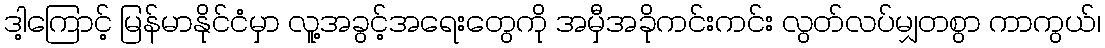
ဒါ့ကြောင့် မြန်မာနိုင်ငံမှာ လူ့အခွင့်အရေးတွေကို အမှီအခိုကင်းကင်း လွတ်လပ်မျှတစွာ ကာကွယ်၊